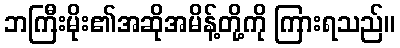
ဘကြီးမိုး၏အဆိုအမိန့်တို့ကို ကြားရသည်။